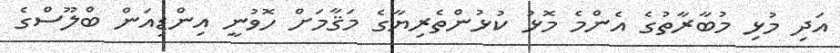
އަދި މުޅި މުބާރާތުގެ އެންމެ މޮޅު ކުޅުންތެރިޔާގެ މަޤާމަށް ހޮވުނީ އިންޑިއަން ބްލޫސްގެ